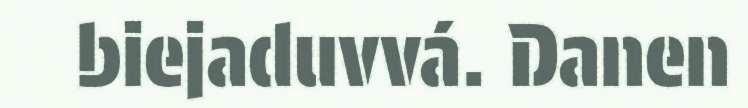
biejaduvvá. Danen